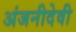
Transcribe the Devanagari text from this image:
अंजनीदेवी